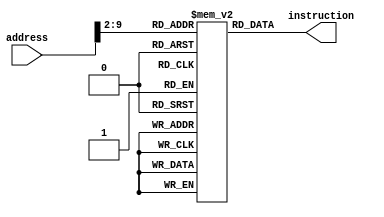
module instr_mem (	input [31:0] address,
					output [31:0] instruction );
 	reg [31:0] memory [249:0];
 	integer i;
	initial
		begin
			for (i=0; i<250; i=i+1)
              memory[i] = 32'b0;
          memory[10] = 32'b001000_00000_01000_00000_00000_000101;    
          memory[11] = 32'b101011_00100_00101_00000_00000_000000;    
          memory[12] = 32'b100011_00100_00110_00000_00000_000000; 	
		end
	assign instruction = memory[address >> 2];
endmodule